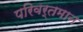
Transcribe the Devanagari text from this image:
परिवर्तमान